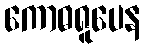
ကောဓရူပေန